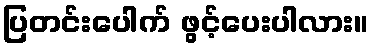
ပြတင်းပေါက် ဖွင့်ပေးပါလား။